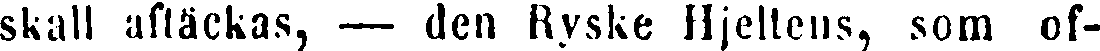
skall aftäckas, — den Ryske Hjeltens, som of-